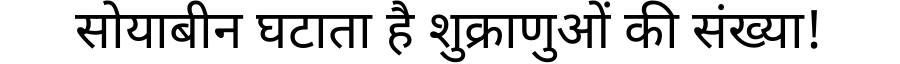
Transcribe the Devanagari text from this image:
सोयाबीन घटाता है शुक्राणुओं की संख्या!